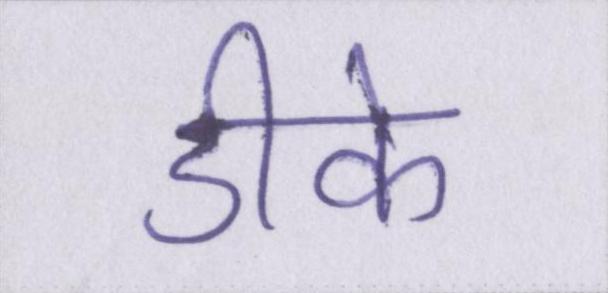
डीके